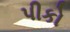
પીકો